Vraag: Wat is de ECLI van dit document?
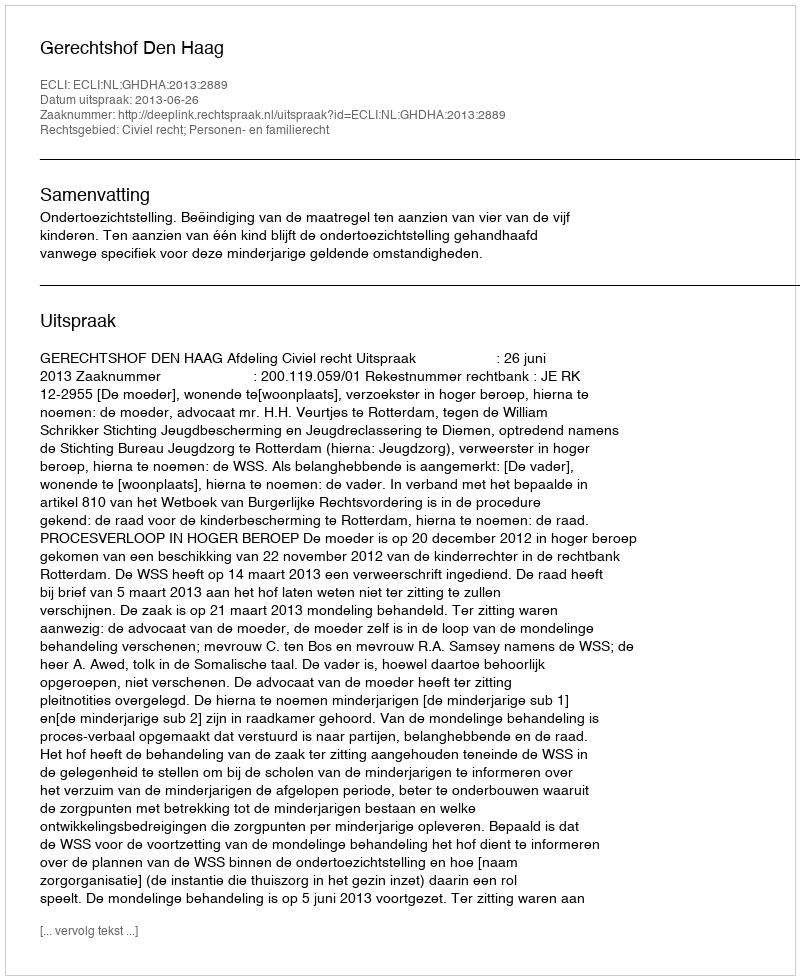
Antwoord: ECLI:NL:GHDHA:2013:2889